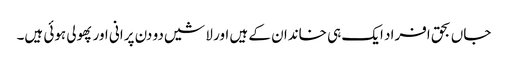
جاں بحق افراد ایک ہی خاندان کے ہیں اور لاشیں دو دن پرانی اور پھولی ہوئی ہیں۔